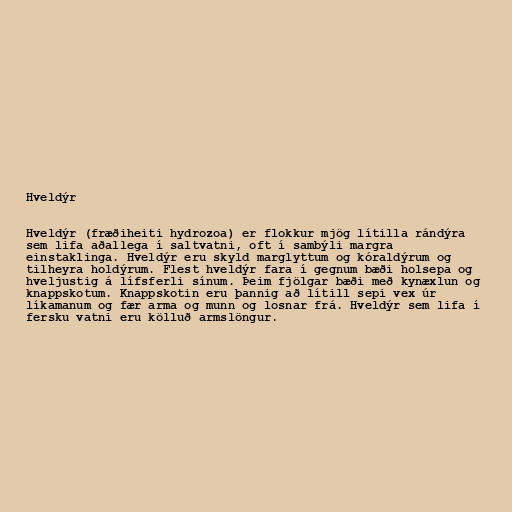
Hveldýr

Hveldýr (fræðiheiti hydrozoa) er flokkur mjög lítilla rándýra
sem lifa aðallega í saltvatni, oft í sambýli margra
einstaklinga. Hveldýr eru skyld marglyttum og kóraldýrum og
tilheyra holdýrum. Flest hveldýr fara í gegnum bæði holsepa og
hveljustig á lífsferli sínum. Þeim fjölgar bæði með kynæxlun og
knappskotum. Knappskotin eru þannig að lítill sepi vex úr
líkamanum og fær arma og munn og losnar frá. Hveldýr sem lifa í
fersku vatni eru kölluð armslöngur.